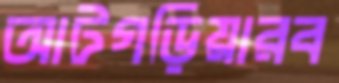
আটগড়িয়ারব